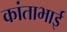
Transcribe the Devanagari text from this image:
कांताभाई